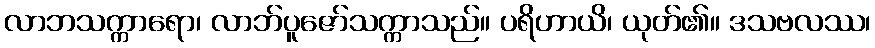
လာဘသက္ကာရော၊ လာဘ်ပူဇော်သက္ကာသည်။ ပရိဟာယိ၊ ယုတ်၏။ ဒသဗလဿ၊